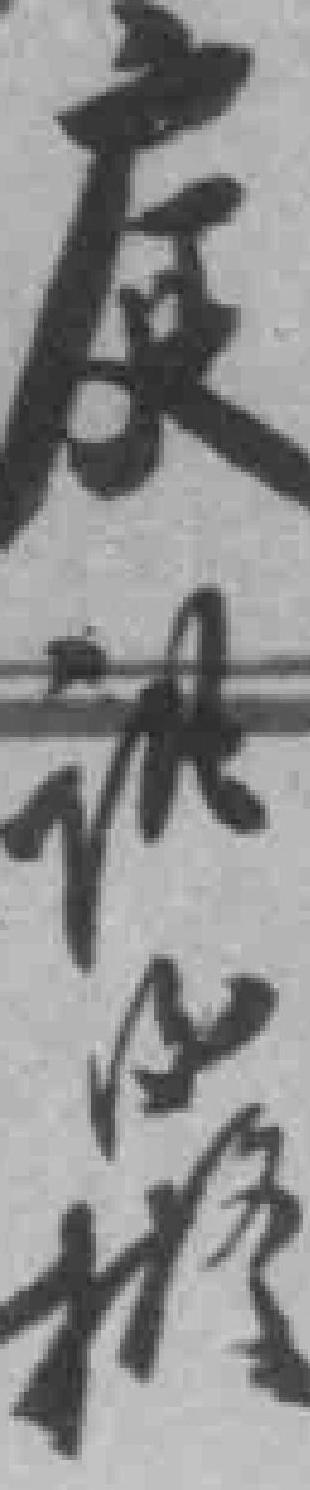
庭讯*拟